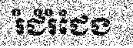
រំជំរំជែង